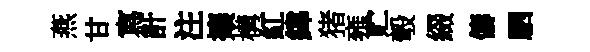
燕甘寫計注攘構紅緯猪雍贮彀綴儔駟